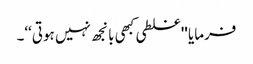
فرمایا ''غلطی کبھی بانجھ نہیں ہوتی‘‘۔